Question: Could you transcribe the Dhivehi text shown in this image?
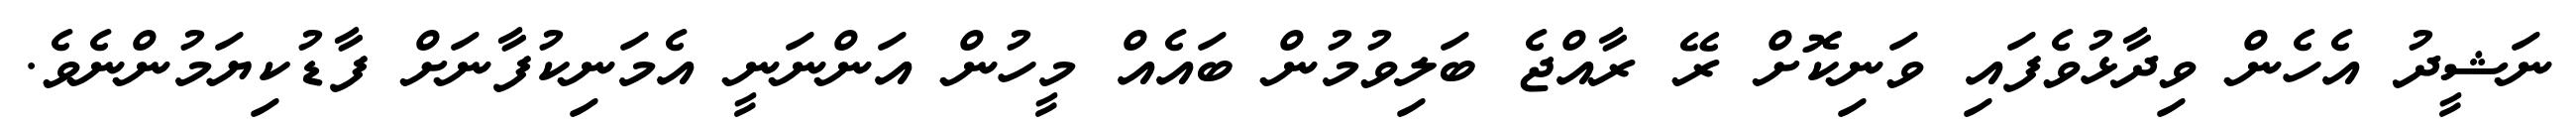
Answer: ނަޝީދު އެހެން ވިދާޅުވެފައި ވަނިކޮށް ރޭ ރާއްޖެ ބަލިވުމުން ބައެއް މީހުން އަންނަނީ އެމަނިކުފާނަށް ފާޑުކިޔަމުންނެވެ.